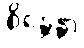
စိန္တေန္တာ